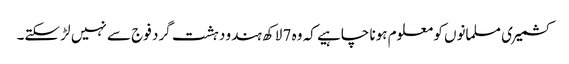
کشمیری مسلمانوں کو معلوم ہونا چاہیے کہ وہ 7 لاکھ ہندو دہشت گرد فوج سے نہیں لڑ سکتے۔